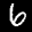
Label: 6